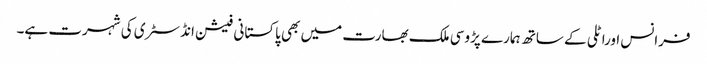
فرانس اوراٹلی کے ساتھ ہمارے پڑوسی ملک بھارت میں بھی پاکستانی فیشن انڈسٹری کی شہرت ہے۔